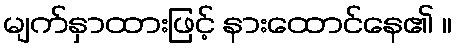
မျက်နှာထားဖြင့် နားထောင်နေ၏ ။